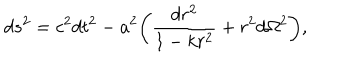
d s ^ { 2 } = c ^ { 2 } d t ^ { 2 } - a ^ { 2 } \biggl ( \frac { d r ^ { 2 } } { 1 - k r ^ { 2 } } + r ^ { 2 } d \Omega ^ { 2 } \biggr ) ,